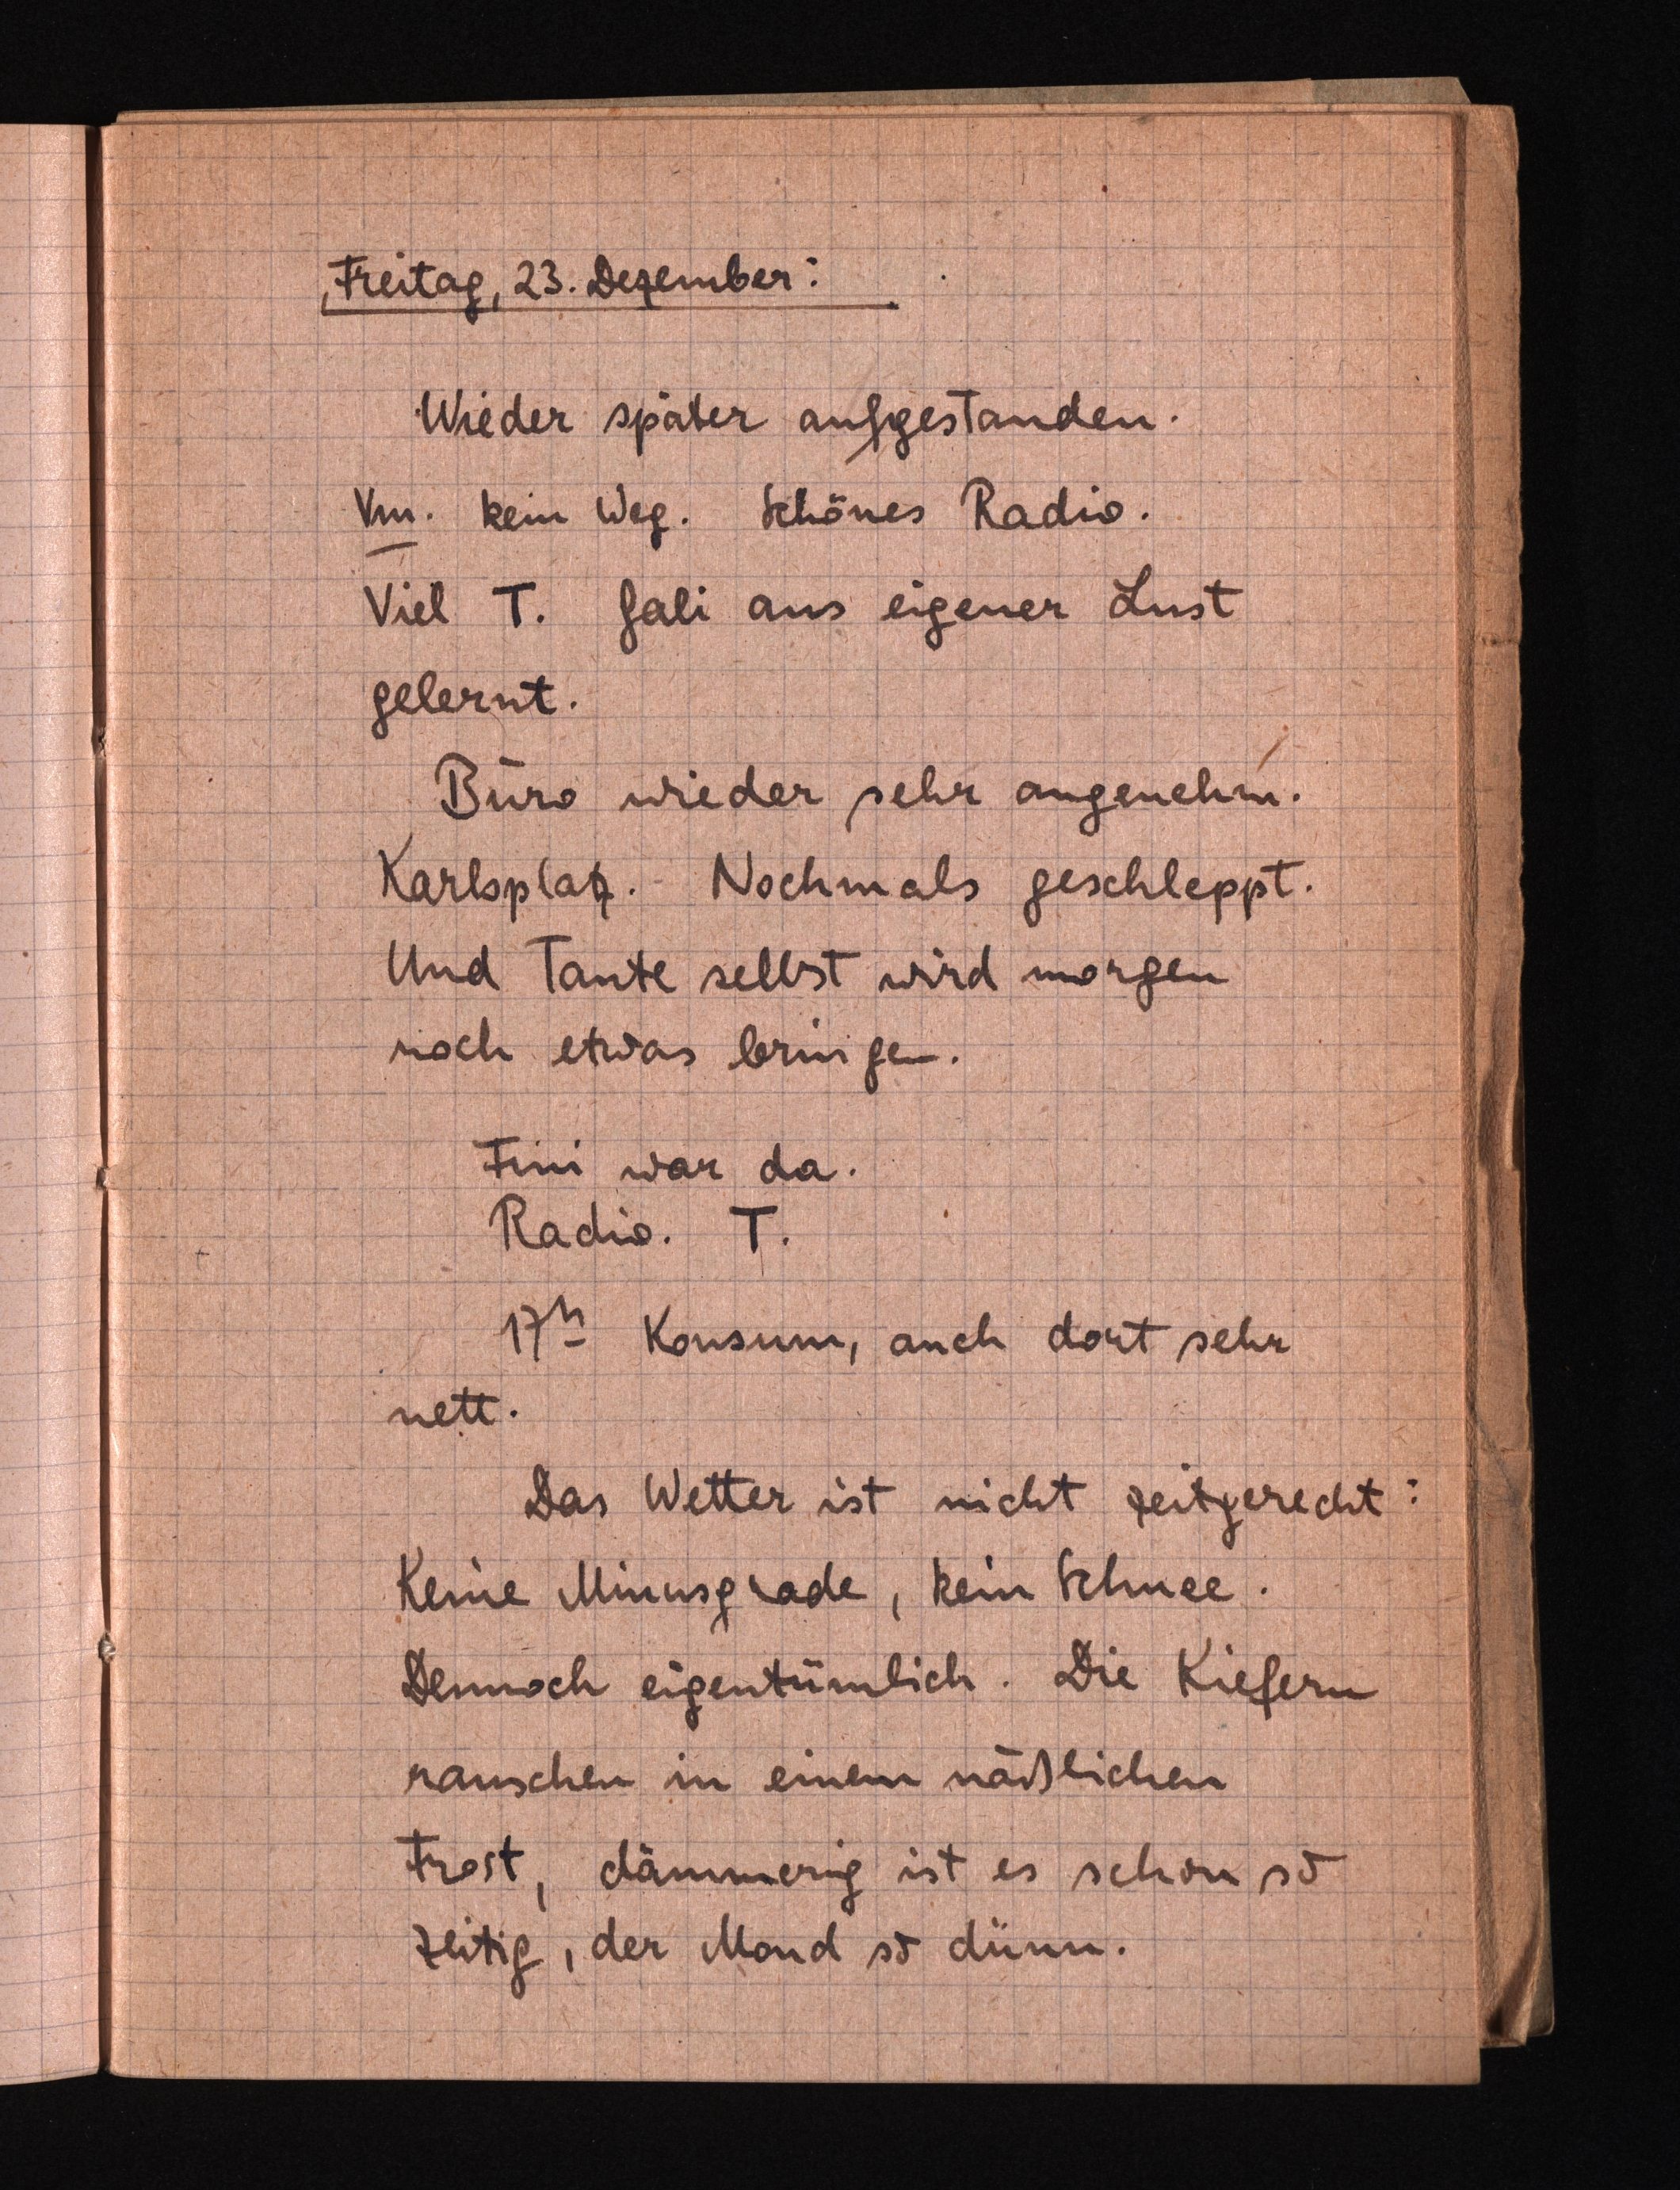
Freitag, 23. Dezember:
Wieder später aufgestanden.
Vm. kein Weg. Schönes Radio.
Viel T. Gali aus eigener Lust
gelernt.
Büro wieder sehr angenehm.
Karlsplatz. Nochmals geschleppt.
Und Tante selbst wird morgen
noch etwas bringen.
Fins war da.
Radio. T.
175 Konsum, auch dort sehr
nett.
Das Wetter ist nicht zeitgerecht.
Keine Minusglade, kein Schnee.
Dennoch eigentümlich. Die Kiefern
rauschen in einem näßlichen
Frost dämmerig ist es schon so
zeitig, der Mond so dünn.